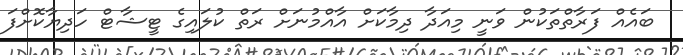
ބައެއް ފަރާތްތަކުން ވަނީ މިއަދާ ދިމާކަށް އާއްމުނަށް ރަތް ކުލައިގެ ޓީޝާޓް ހަދިޔާކޮށްފަ